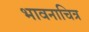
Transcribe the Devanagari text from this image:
भावनाचित्र